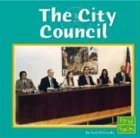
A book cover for The City Council (The U.S. Government); Terri DeGezelle; Children's Books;